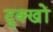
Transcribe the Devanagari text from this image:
दुक्खों